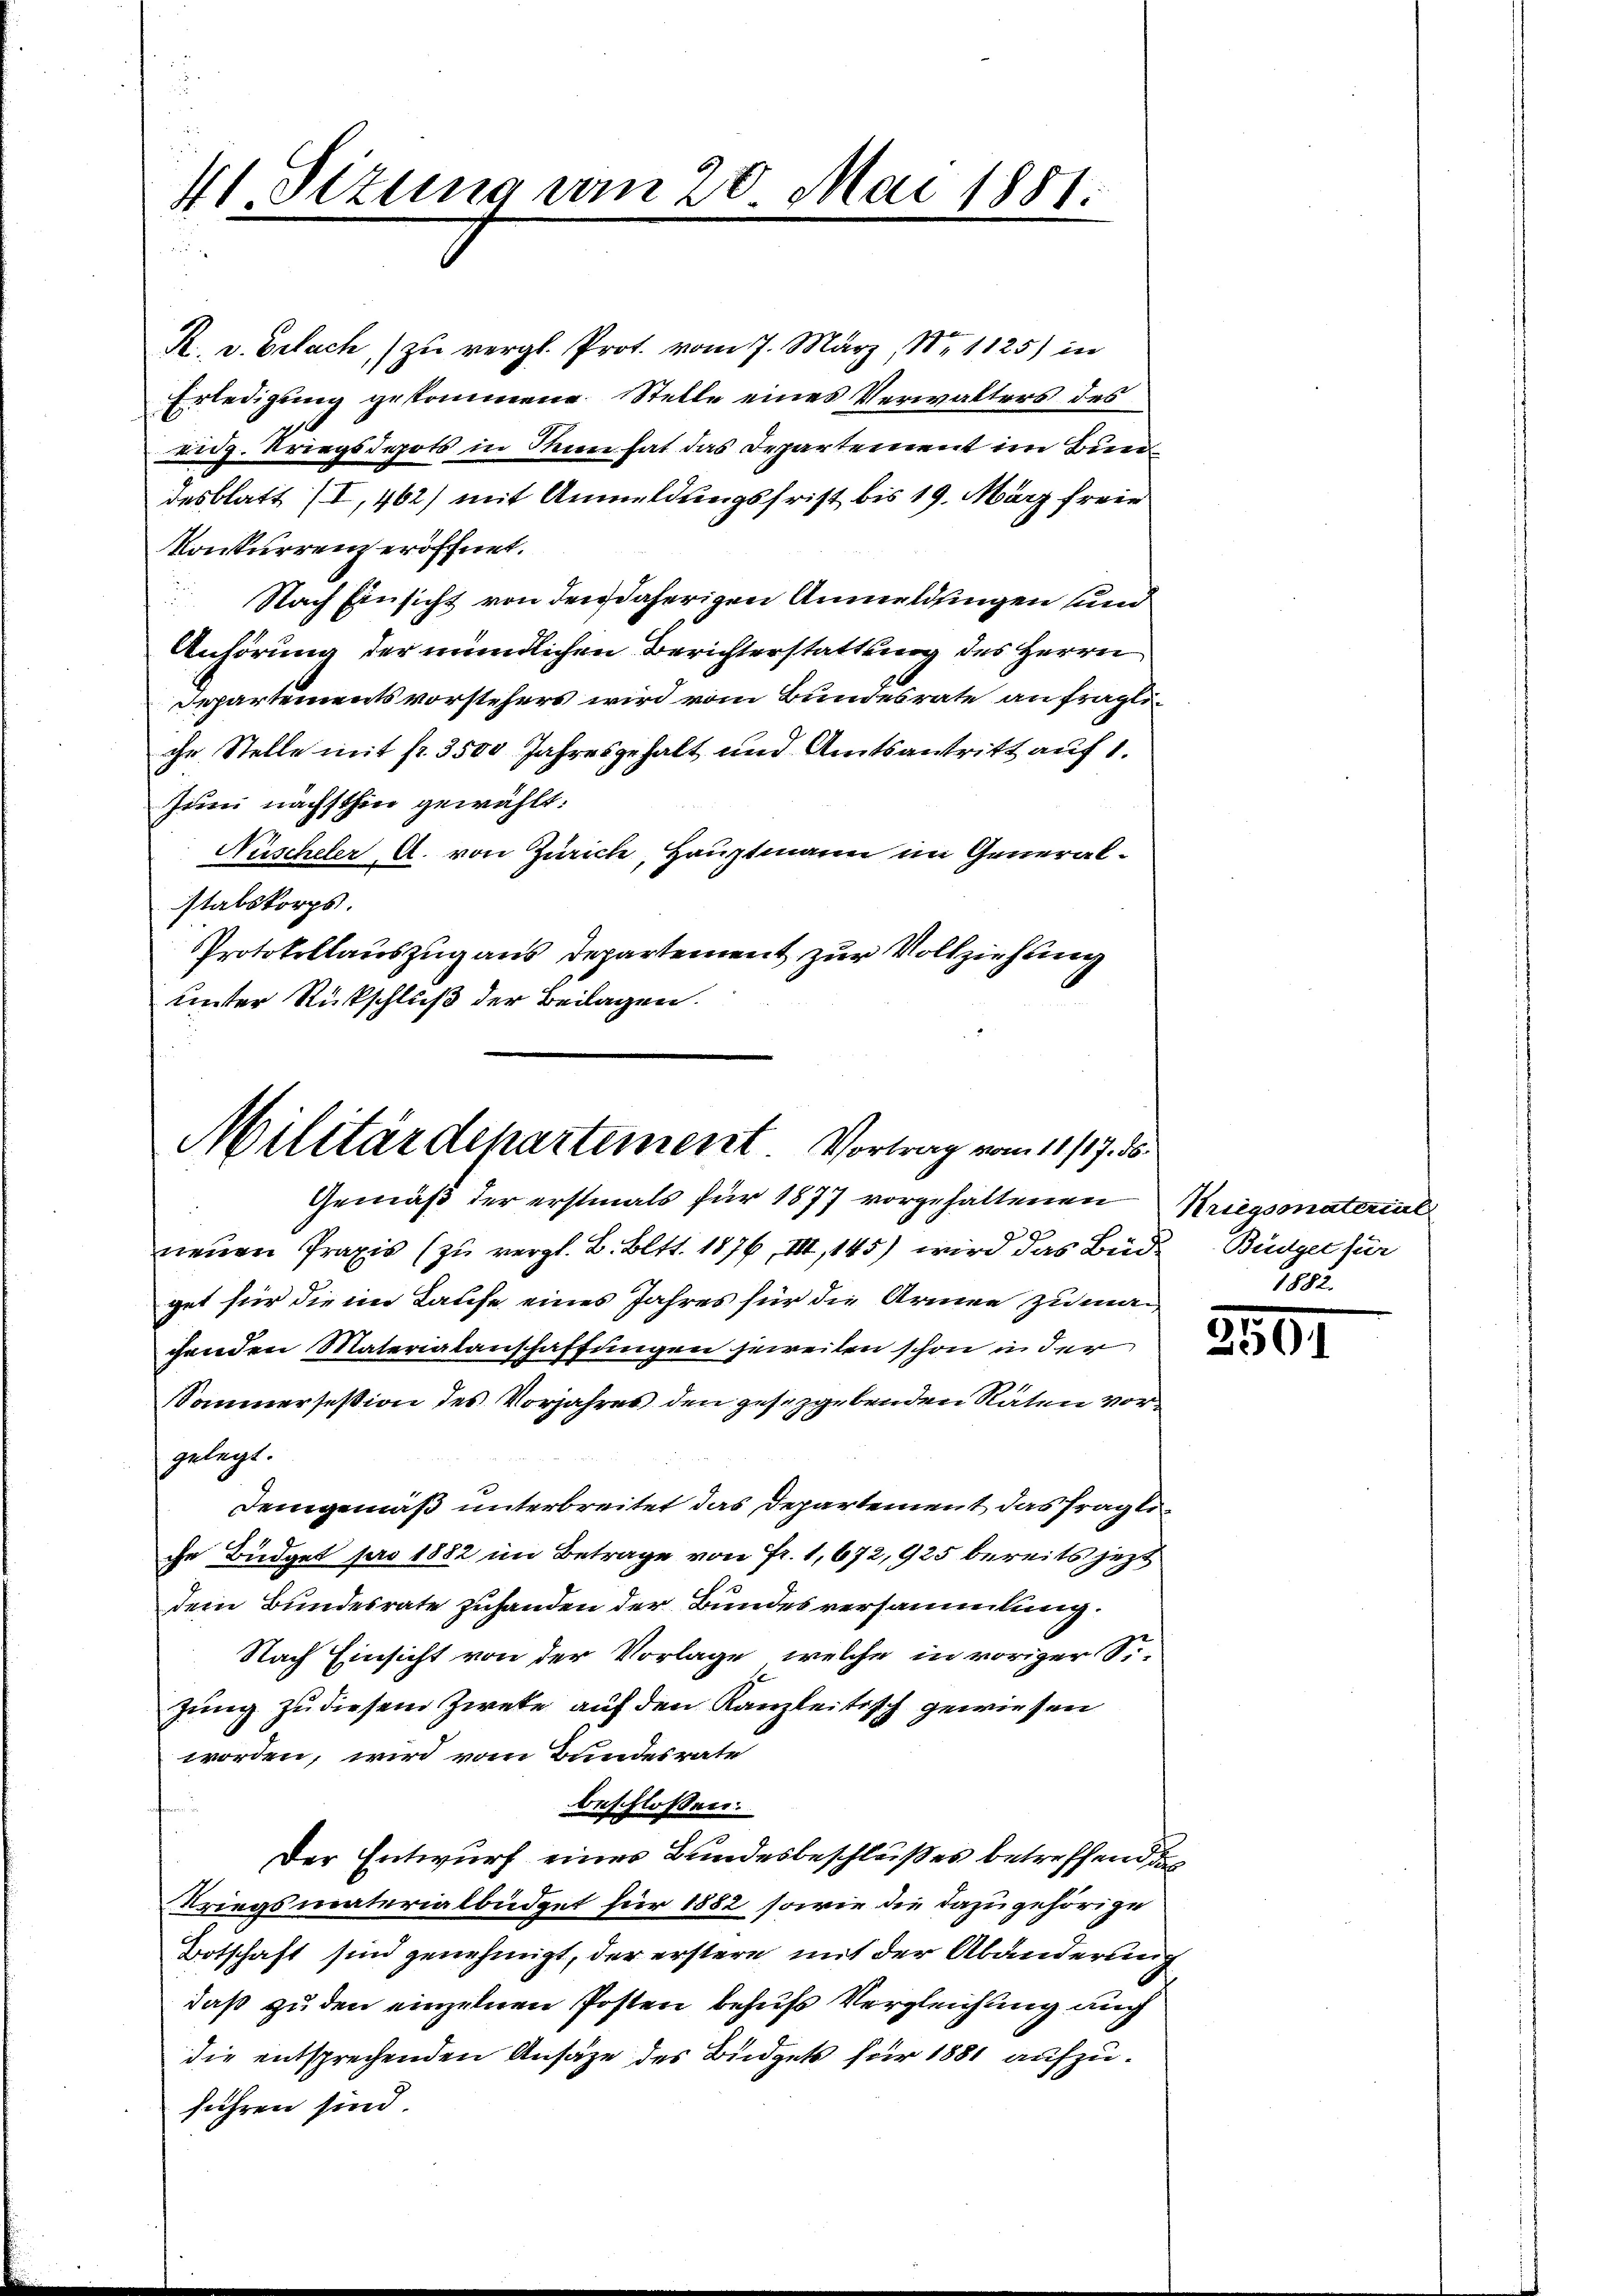
41 Sizung vom 20. Mai 1881.
.

R. v. Gelach, zu vergl. Prot. vom 7. März, Nr 1125) in
Erledigung gekommene Stelle eines Verwalters des
eidg. Kriegsdepots in Mein hat das Departement im Bund
desblatt (I,462) mit Anmeldungsfrist bis 19. März freie
Konkurrenz eröffnet.
Nach Einsicht von den daherigen Anmeldfingen und
Anhörung der mündlichen Berichterstattung des Herrn
Departementsvorstehers wird vom Bundesrate anfragliche Stelle mit Nr. 3500 Jahresgehalt und Amtsantritt auf 1.
Zum nächsthin gewählt:
Nüscheler A. von Zürich, Hauptmann im Generalstabskorps.
Protokollauszug aus Departement zur Vollziehung
unter Rückschluß der Beilagen.

Militärdepartement. Vortrag vom 11./17. ds.
Gemäß der erstmals für 1877 vorgehaltenen Kriegsmaterial

u
neuen Praxis (zu vergl. B. Bett. 1876, III, 145) wird das Büd-Büdget für
get für die im Laufe eines Jahres für die Armen zu mac
chenden Materialanschaffungen jeweilen schon in der
Sommersession des Vorjahres den gesetzgebenden Räten vor
gelegt.
Demgemäß unterbreitet das Departement das fragliche Büdget pro 1882 im Betrage von Fr. 1,672, 925 bereits jezt
dem Bundesrate zuhanden der Bundesversammlung.
Nach Einsicht von der Vorlage, welche in voriger Sizung zu diesem Zweke auf den Kanzleitisch gewiesen
worden, wird vom Bundesrate
beschlossen:
Der Entwurf eines Bundesbeschlußes betreffend das
Kriegsmaterialbüdget für 1882 sowie die dazu gehörige
Botschaft sind genehmigt, der erstere mit der Abänderung
daß zu den einzelnen Posten behufs Vergleichung auch
die entsprechenden Ansätze des Büdgets für 1881 aufzuführen sind.

1802.

2507